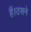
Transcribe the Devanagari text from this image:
हैं।उसने